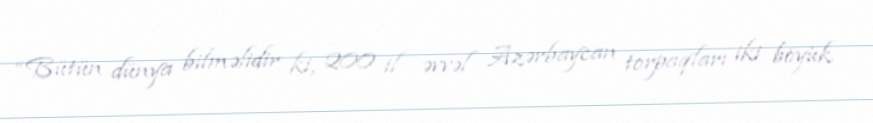
“Bütün dünya bilməlidir ki, 200 il əvvəl Azərbaycan torpaqları iki böyük